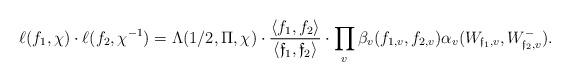
LaTeX: \begin{align*} \ell(f_1,\chi)\cdot \ell(f_2,\chi^{-1})=\Lambda(1/2,\Pi,\chi)\cdot\frac{\langle f_1,f_2\rangle}{\langle \mathfrak{f}_1,\mathfrak{f}_2\rangle}\cdot\prod_v\beta_v(f_{1,v},f_{2,v})\alpha_v(W_{\mathfrak{f}_1,v},W^-_{\mathfrak{f}_2,v}).\end{align*}